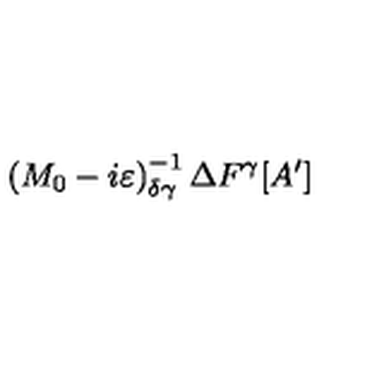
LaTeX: \left( M _ { 0 } - i \varepsilon \right) _ { \delta \gamma } ^ { - 1 } \Delta F ^ { \gamma } [ A ^ { \prime } ]